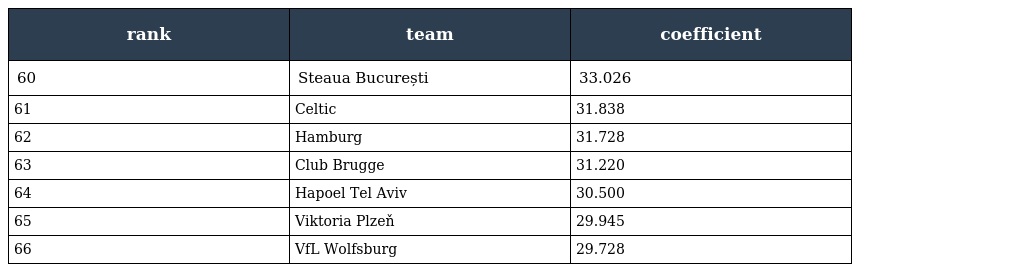
| rank | team | coefficient |
 | --- | --- | --- |
 | 60 | Steaua București | 33.026 |
 | 61 | Celtic | 31.838 |
 | 62 | Hamburg | 31.728 |
 | 63 | Club Brugge | 31.220 |
 | 64 | Hapoel Tel Aviv | 30.500 |
 | 65 | Viktoria Plzeň | 29.945 |
 | 66 | VfL Wolfsburg | 29.728 |